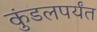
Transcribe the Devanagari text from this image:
कुंडलपर्यंत